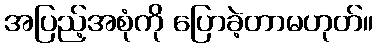
အပြည့်အစုံကို ပြောခဲ့တာမဟုတ်။